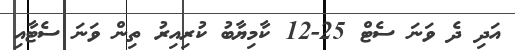
އަދި ދެ ވަނަ ސެޓް 25-12 ކާމިޔާބު ކުރިއިރު ތިން ވަނަ ސެޓާއި